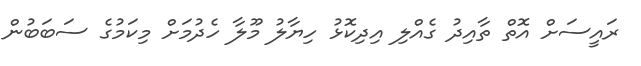
ރައީސަށް އޮތް ތާއިދު ގެއްލި އިދިކޮޅު ހިޔާލު މޫލާ ހެދުމަށް މިކަމުގެ ސަބަބުން